Senior Leaving Certificate Examination (including Day School Certificate (Higher) General paper), 1946
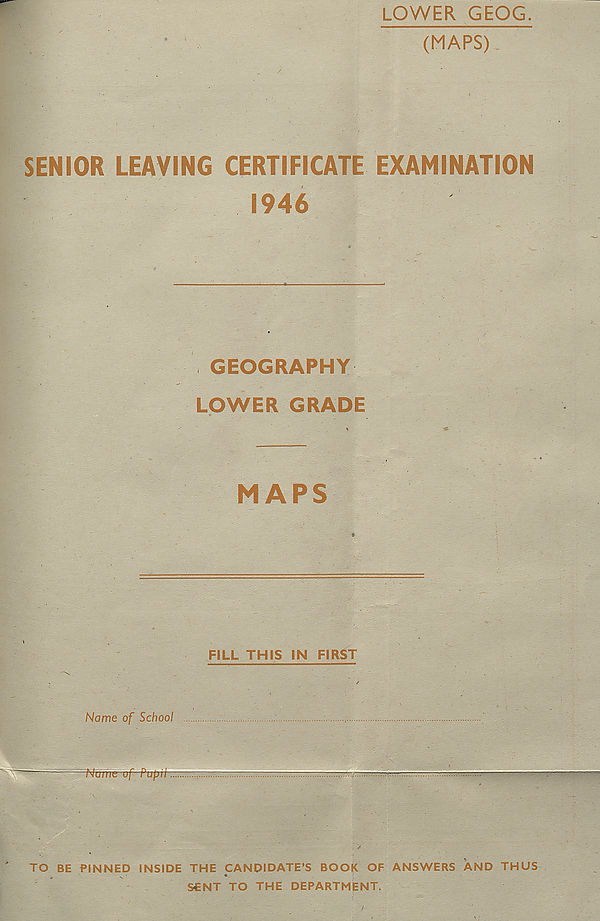
LOWER GEOG.
(MAPS)
SENIOR LEAVING CERTIFICATE EXAMINATION
1946
GEOGRAPHY
LOWER GRADE
MAPS
FILL THIS IN FIRST
Name of School
-Nume-vf Pupa
-.r.:...
—
TO BE PINNED INSIDE THE CANDIDATE’S BOOK OF ANSWERS AND THUS
SENT TO THE DEPARTMENT.